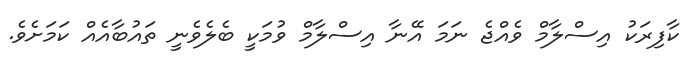
ކާފިރަކު އިސްލާމް ވެއްޖެ ނަމަ އޭނާ އިސްލާމް ވުމަކީ ބެލެވެނީ ތައުބާއެއް ކަމަށެވެ.